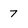
Character: 7